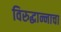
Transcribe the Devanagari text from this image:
विरुद्धान्नाचा